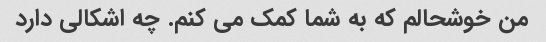
من خوشحالم که به شما کمک می کنم. چه اشکالی دارد